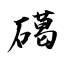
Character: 礍